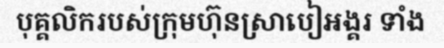
បុគ្គលិករបស់ក្រុមហ៊ុនស្រាបៀអង្គរ ទាំង